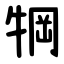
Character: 犅